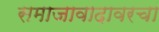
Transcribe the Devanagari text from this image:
समाजावादावरचा